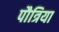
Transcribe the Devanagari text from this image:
पौत्रिया